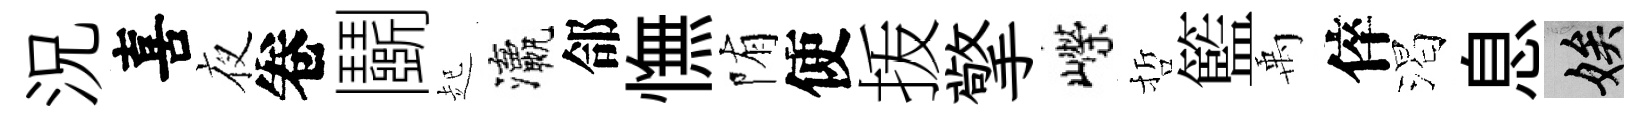
況喜夜卷鬬起瀛郃憮陏使㧞擎嶸哲籃禹倅渴息娭